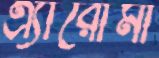
এ্যারোমা